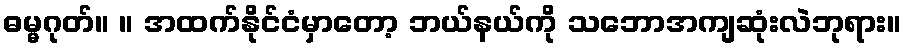
ဓမ္မဂုတ်။ ။ အထက်နိုင်ငံမှာတော့ ဘယ်နယ်ကို သဘောအကျဆုံးလဲဘုရား။